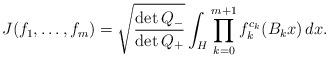
LaTeX: \begin{align*} J(f_1, \ldots, f_m) = \sqrt{\frac{\det Q_-}{\det Q_+}} \int_H \prod_{k=0}^{m+1} f_k^{c_k}(B_k x) \, dx.\end{align*}